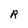
Character: R